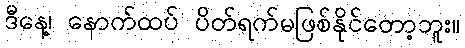
ဒီနေ့၊ နောက်ထပ် ပိတ်ရက်မဖြစ်နိုင်တော့ဘူး။